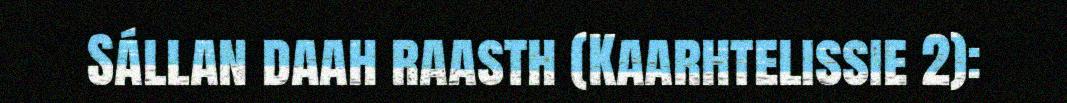
Sállan daah raasth (Kaarhtelissie 2):